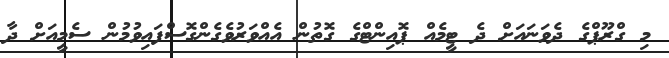
މި ގްރޫޕްގެ ދެވަނައަށް ދެ ޓީމެއް ޕޮއިންޓްގެ ގޮތުން އެއްވަރުވެގެންގޮސްފައިވުމުން ސެމީއަށް ދާ